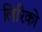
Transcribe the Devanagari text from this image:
लिरिको